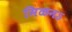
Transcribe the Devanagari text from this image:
मिळनऽ